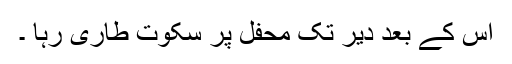
اس کے بعد دیر تک محفل پر سکوت طاری رہا ۔